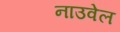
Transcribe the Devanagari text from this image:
नाउवेल